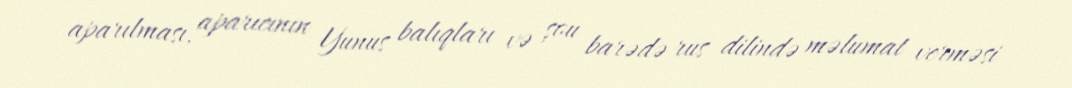
aparılması, aparıcının Yunus balıqları və şou barədə rus dilində məlumat verməsi